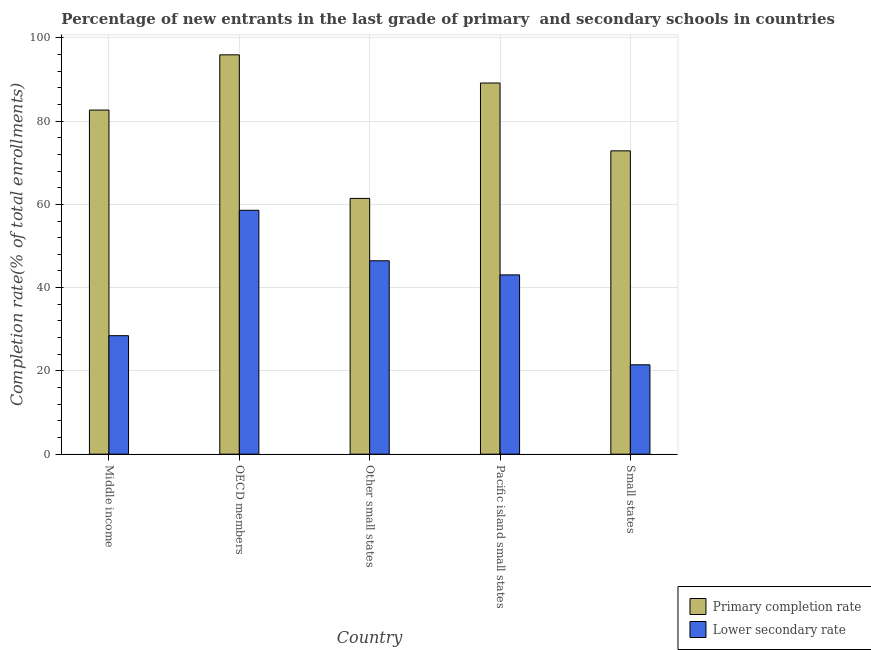
| Country | Primary completion rate | Lower secondary rate |
 | --- | --- | --- |
 | Middle income | 82.6 | 28.5 |
 | OECD members | 95.9 | 58.6 |
 | Other small states | 61.4 | 46.5 |
 | Pacific island small states | 89.1 | 43.1 |
 | Small states | 72.9 | 21.5 |